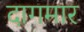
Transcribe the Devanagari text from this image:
दागमार